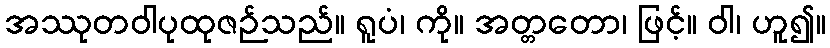
အဿုတဝါပုထုဇဉ်သည်။ ရူပံ၊ ကို။ အတ္တတော၊ ဖြင့်။ ဝါ၊ ဟူ၍။